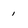
Character: 1